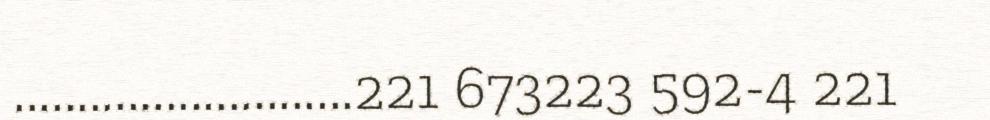
...........................221 673223 592-4 221